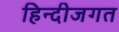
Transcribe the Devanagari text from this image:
हिन्दीजगत